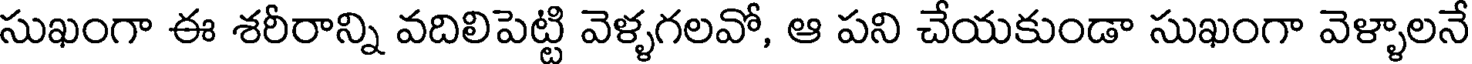
సుఖంగా ఈ శరీరాన్ని వదిలిపెట్టి వెళ్ళగలవో, ఆ పని చేయకుండా సుఖంగా వెళ్ళాలనే